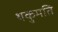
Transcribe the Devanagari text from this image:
थकुमति